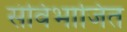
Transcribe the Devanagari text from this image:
संविभाजित